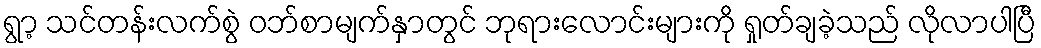
ရွာ့ သင်တန်းလက်စွဲ ဝဘ်စာမျက်နှာတွင် ဘုရားလောင်းများကို ရှုတ်ချခဲ့သည် လိုလာပါပြီ